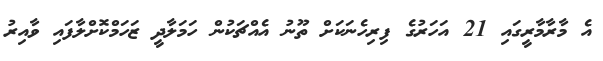
އެ މާރާމާރީގައި 21 އަހަރުގެ ފިރިހެނަކަށް ތޫނު އެއްޗަކުން ހަމަލާދީ ޒަހަމްކޮށްލާފައި ވާއިރު